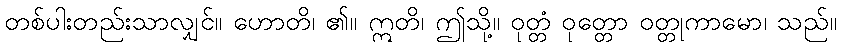
တစ်ပါးတည်းသာလျှင်။ ဟောတိ၊ ၏။ ဣတိ၊ ဤသို့။ ဝုတ္တံ ဝုတ္တော ဝတ္တုကာမော၊ သည်။